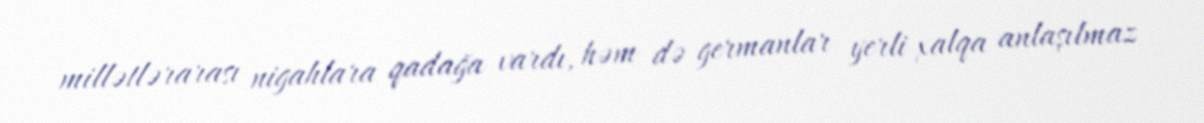
millətlərarası nigahlara qadağa vardı, həm də germanlar yerli xalqa anlaşılmaz